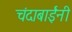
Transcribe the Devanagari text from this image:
चंदाबाईंनी